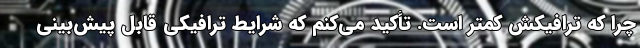
چرا که ترافیکش کمتر است. تأکید می‌کنم که شرایط ترافیکی قابل پیش‌بینی